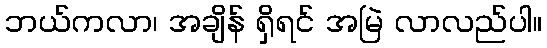
ဘယ်ကလာ၊ အချိန် ရှိရင် အမြဲ လာလည်ပါ။